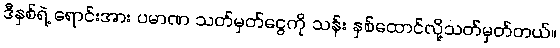
ဒီနှစ်ရဲ့ ရောင်းအား ပမာဏ သတ်မှတ်ငွေကို သန်း နှစ်ထောင်လို့သတ်မှတ်တယ်။